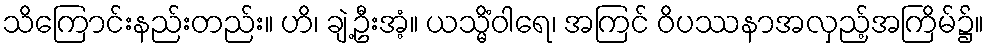
သိကြောင်းနည်းတည်း။ ဟိ၊ ချဲ့ဦးအံ့။ ယသ္မိံဝါရေ၊ အကြင် ဝိပဿနာအလှည့်အကြိမ်၌။